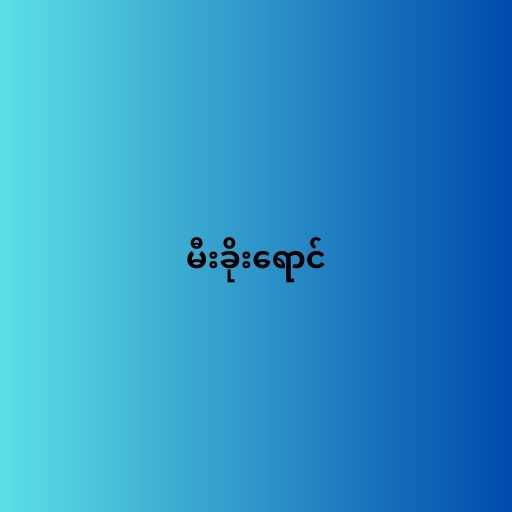
မီးခိုးရောင်